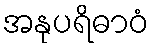
အနုပရိဓာဝံ